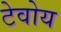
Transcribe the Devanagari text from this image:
टेवोय